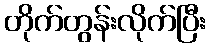
တိုက်တွန်းလိုက်ပြီး